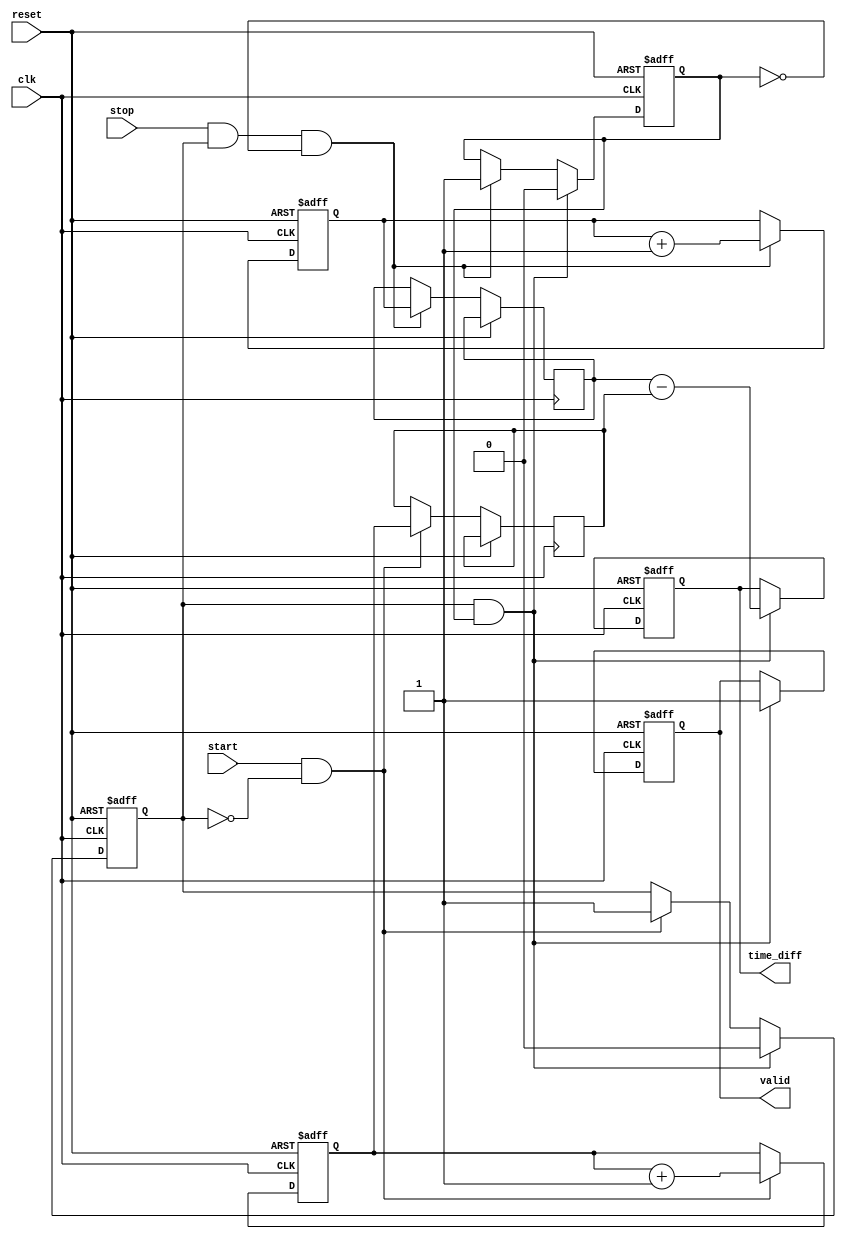
module TDC (
    input wire clk,              // High-frequency clock
    input wire start,            // Start signal
    input wire stop,             // Stop signal
    input wire reset,            // Reset signal
    output reg [31:0] time_diff, // Output time difference
    output reg valid             // Output valid signal
);

    // Time Measurement Unit (TMU)
    reg [31:0] start_time;       // Start time stamp
    reg [31:0] stop_time;        // Stop time stamp
    reg start_flag;              // Flag for start event
    reg stop_flag;               // Flag for stop event

    // Memory Block (for storing timestamps)
    reg [31:0] memory [0:1];     // Memory to store start and stop times

    // Digital Processing Unit (DPU)
    always @(posedge clk or posedge reset) begin
        if (reset) begin
            start_time <= 32'b0;
            stop_time <= 32'b0;
            time_diff <= 32'b0;
            valid <= 1'b0;
            start_flag <= 1'b0;
            stop_flag <= 1'b0;
        end else begin
            // Capture start time
            if (start && !start_flag) begin
                start_time <= start_time + 1; // Increment on clock
                memory[0] <= start_time;       // Store start time
                start_flag <= 1'b1;             // Set start flag
            end
            
            // Capture stop time
            if (stop && start_flag && !stop_flag) begin
                stop_time <= stop_time + 1;   // Increment on clock
                memory[1] <= stop_time;        // Store stop time
                stop_flag <= 1'b1;              // Set stop flag
            end
            
            // Calculate time difference
            if (start_flag && stop_flag) begin
                time_diff <= memory[1] - memory[0]; // Calculate time difference
                valid <= 1'b1;                       // Set valid signal
                // Reset flags for next measurement
                start_flag <= 1'b0;
                stop_flag <= 1'b0;
            end
        end
    end

endmodule